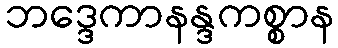
ဘဒ္ဒေကာနန္ဒကစ္စာန